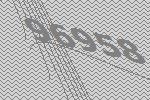
96958